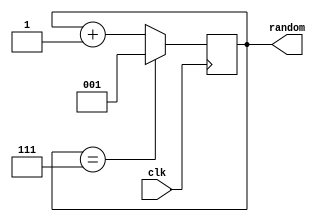
`timescale 1ns / 1ps
//////////////////////////////////////////////////////////////////////////////////
// Company: 
// Engineer: 
// 
// Design Name: 
// Module Name: randomnumgen
// Project Name: 
// Target Devices: 
// Tool Versions: 
// Description: 
// 
// Dependencies: 
// 
// Revision:
// Revision 0.01 - File Created
// Additional Comments:
// 
//////////////////////////////////////////////////////////////////////////////////


module randomnumgen(
    input wire clk,
    output reg [2:0] random
    );
    
initial 
begin
random = 1;
end

always @ (posedge clk) begin
if (random == 7) begin
	random <= 1;
end else begin
	random <= random + 1;
end
end

    
endmodule